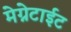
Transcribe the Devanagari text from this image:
मेग्नेटाईट